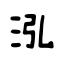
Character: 泓